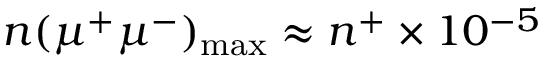
n ( \mu ^ { + } \mu ^ { - } ) _ { \mathrm { m a x } } \approx n ^ { + } \times 1 0 ^ { - 5 }